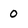
Character: 0